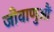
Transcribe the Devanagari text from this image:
जीवाणुऔं